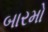
બારમો